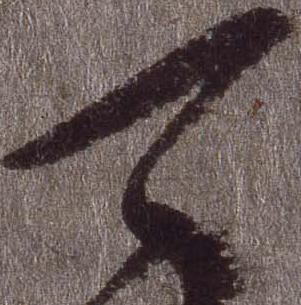
可